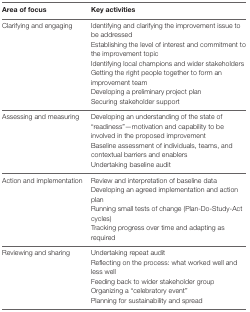
<table><thead><tr><td><b>Area of focus</b></td><td><b>Key activities</b></td></tr></thead><tbody><tr><td>Clarifying and engaging</td><td>Identifying and clarifying the improvement issue to be addressedEstablishing the level of interest and commitment to the improvement topicIdentifying local champions and wider stakeholdersGetting the right people together to form an improvement teamDeveloping a preliminary project planSecuring stakeholder support</td></tr><tr><td>Assessing and measuring</td><td>Developing an understanding of the state of “readiness”—motivation and capability to be involved in the proposed improvementBaseline assessment of individuals, teams, and contextual barriers and enablersUndertaking baseline audit</td></tr><tr><td>Action and implementation</td><td>Review and interpretation of baseline dataDeveloping an agreed implementation and action planRunning small tests of change (Plan-Do-Study-Act cycles)Tracking progress over time and adapting as required</td></tr><tr><td>Reviewing and sharing</td><td>Undertaking repeat auditReflecting on the process: what worked well and less wellFeeding back to wider stakeholder groupOrganizing a “celebratory event”Planning for sustainability and spread</td></tr></tbody></table>